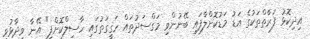
އިދިކޮޅު ފަރާތްތަކުގެ އަޑު މަޑުކޮށްލާފައި ބޭނުންވި މަގްސަދުތައް ހަގީގަތުގައި ހާސިލްކޮށްފި" އޭނާ ވިދާޅުވި